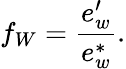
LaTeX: f_{W}={\frac{e_{w}^{\prime}}{e_{w}^{*}}}.